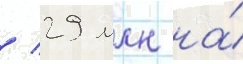
/ 29 млн на́